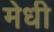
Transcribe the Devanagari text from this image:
मेधी